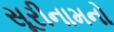
સૂરીનામનો